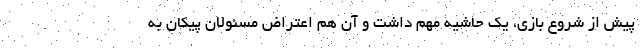
پیش از شروع بازی، یک حاشیه مهم داشت و آن هم اعتراض مسئولان پیکان به